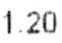
1.2